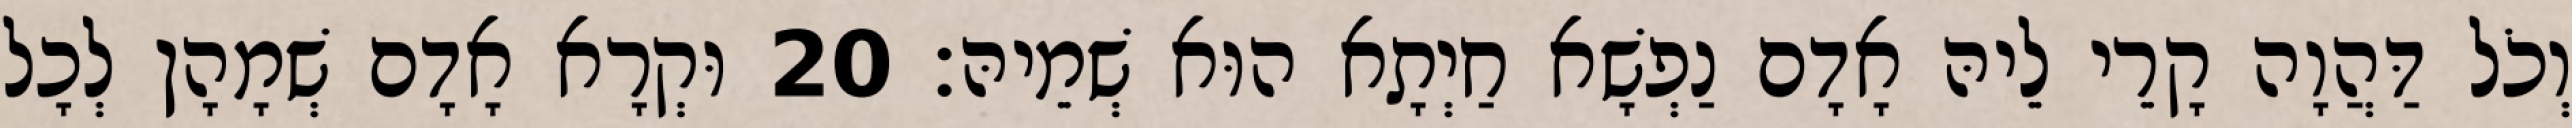
וְכֹל דַּהֲוָה קָרֵי לֵיהּ אָדָם נַפְשָׁא חַיְתָא הוּא שְׁמֵיהּ׃ 20 וּקְרָא אָדָם שְׁמָהָן לְכָל